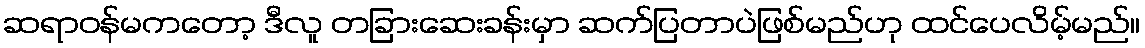
ဆရာဝန်မကတော့ ဒီလူ တခြားဆေးခန်းမှာ ဆက်ပြတာပဲဖြစ်မည်ဟု ထင်ပေလိမ့်မည်။